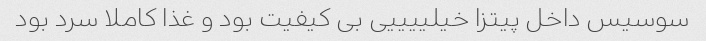
سوسیس داخل پیتزا خیلییییی بی کیفیت بود و غذا کاملا سرد بود